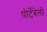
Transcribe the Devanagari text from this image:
पोर्टेबेलो